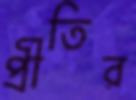
প্রীতির